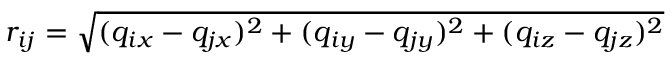
r _ { i j } = \sqrt { ( q _ { i x } - q _ { j x } ) ^ { 2 } + ( q _ { i y } - q _ { j y } ) ^ { 2 } + ( q _ { i z } - q _ { j z } ) ^ { 2 } }